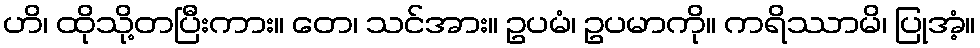
ဟိ၊ ထိုသို့တပြီးကား။ တေ၊ သင်အား။ ဥပမံ၊ ဥပမာကို။ ကရိဿာမိ၊ ပြုအံ့။